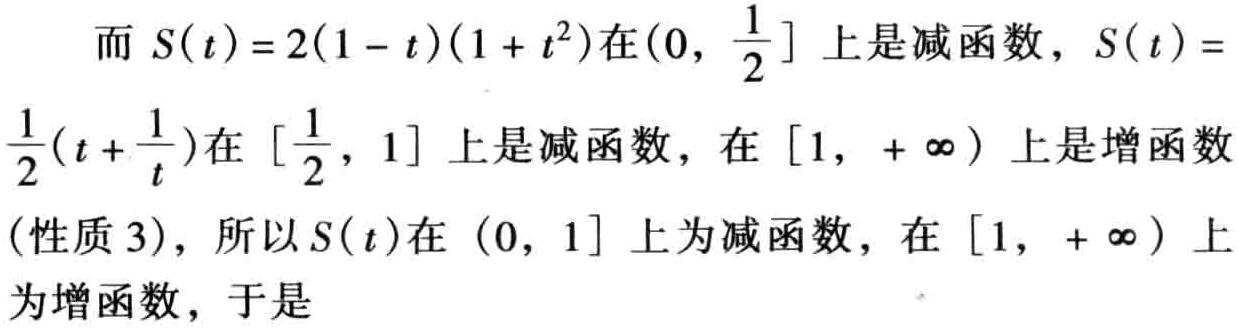
而 \(S(t)=2(1 - t)(1 + t^{2})\)在\((0,\frac{1}{2}]\)上是减函数，\(S(t)=\frac{1}{2}(t+\frac{1}{t})\)在\([\frac{1}{2},1]\)上是减函数，在\([1,+\infty)\)上是增函数（性质 3），所以\(S(t)\)在\((0,1]\)上为减函数，在\([1,+\infty)\)上为增函数，于是